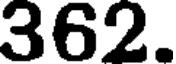
362.